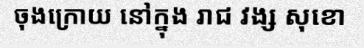
ចុងក្រោយ នៅក្នុង រាជ វង្ស សុខោ